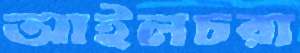
আইলচরা